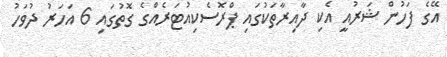
އޭގެ ފަހުން ޝަރުއީ އެކި ދާއިރާތަކުގައި ޕްރޮސެކިއުޓަރެއްގެ ގޮތުގައި 6 އަހަރު ދުވަހު